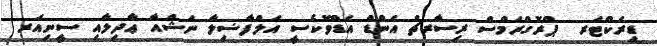
ޑިރެކްޓަރ  ޕްރޮގްރަމްސް ރިސާރޗް އެންޑް އެޑްވޮކެސީ އަލްފާޟިލާ ނަޝްއާ ޢާދިލާއި ސީނިއަރ